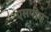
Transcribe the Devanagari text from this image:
एसपीए